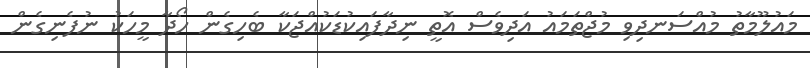
މައުލޫމާތު މުއްސަނދިވި މުޖްތަމައު އަދިވެސް އޮތީ ނިދާފައިކުޑަކުއްޖަކާ ބެހިގެން ހޯދާ މީހަކު ނުފެނިގެން